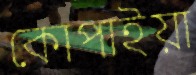
কোপাইয়া